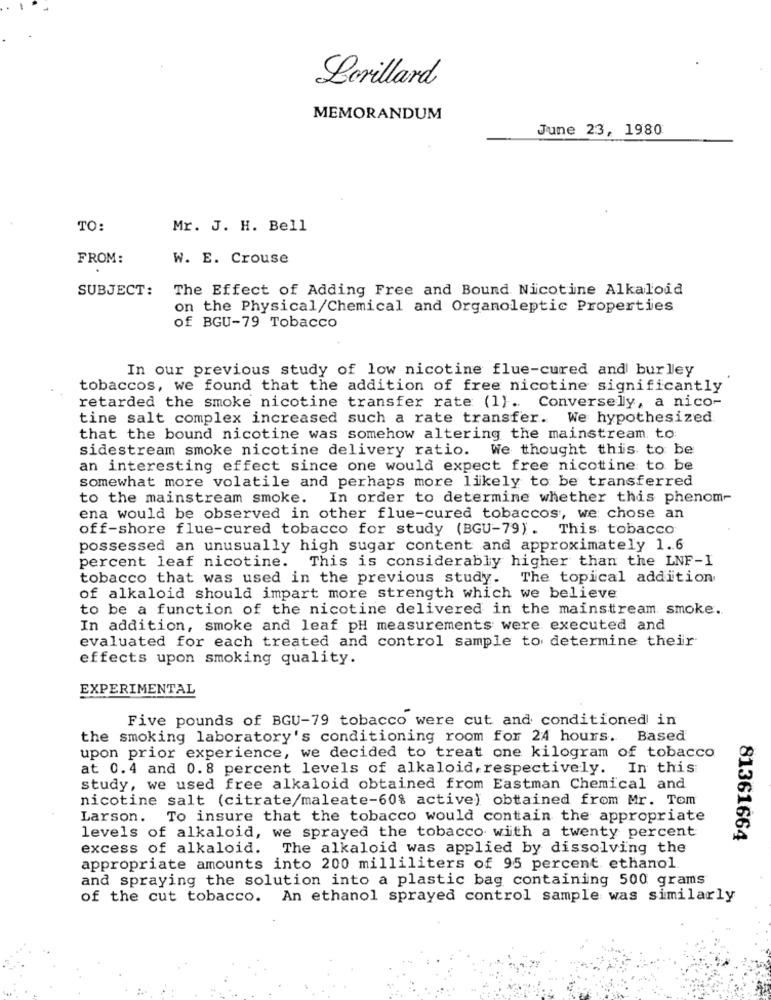
Lerillard
MEMORANDUM
June 23, 1980
TO:
Mr. J. H. Bell
FROM:
W. E. Crouse
SUBJECT:
The Effect of Adding Free and Bound Nicotine Alkaloid
on the Physical/Chemical and Organoleptic Properties
of BGU-79 Tobacco
In our previous study of low nicotine flue-cured and burley
tobaccos, we found that the addition of free nicotine significantly
retarded the smoke nicotine transfer rate (1). Conversely, a nico-
tine salt complex increased such a rate transfer. We hypothesized
that the bound nicotine was somehow altering the mainstream. to
sidestream smoke nicotine delivery ratio. We thought this to be
an interesting effect since one would expect free nicotine to be
somewhat more volatile and perhaps more likely to be transferred
to the mainstream smoke. In order to determine whether this phenom-
ena would be observed in other flue-cured tobaccos, we chose an
off-shore flue-cured tobacco for study (BGU-79). This tobacco
possessed an unusually high sugar content and approximately 1.6
percent leaf nicotine. This is considerably higher than the LNF-I
tobacco that was used in the previous study. The topical addition
of alkaloid should impart more strength which we believe
to be a function of the nicotine delivered in the mainstream smoke.
In addition, smoke and leaf pH measurements were executed and
evaluated for each treated and control sample to determine their
effects upon smoking quality.
EXPERIMENTAL
Five pounds of BGU-79 tobacco were cut and conditioned in
the smoking laboratory's conditioning room for 24 hours. Based
upon prior experience, we decided to treat one kilogram of tobacco
at 0.4 and 0.8 percent levels of alkaloid, respectively. In this
study, we used free alkaloid obtained from Eastman Chemical and
nicotine salt (citrate/maleate-60% active) obtained from Mr. Tom
Larson. To insure that the tobacco would contain the appropriate
levels of alkaloid, we sprayed the tobacco with a twenty percent
81361664
excess of alkaloid.
The alkaloid was applied by dissolving the
appropriate amounts into 200 milliliters of 95 percent ethanol
and spraying the solution into a plastic bag containing 500 grams
of the cut tobacco. An ethanol sprayed control sample was similarly